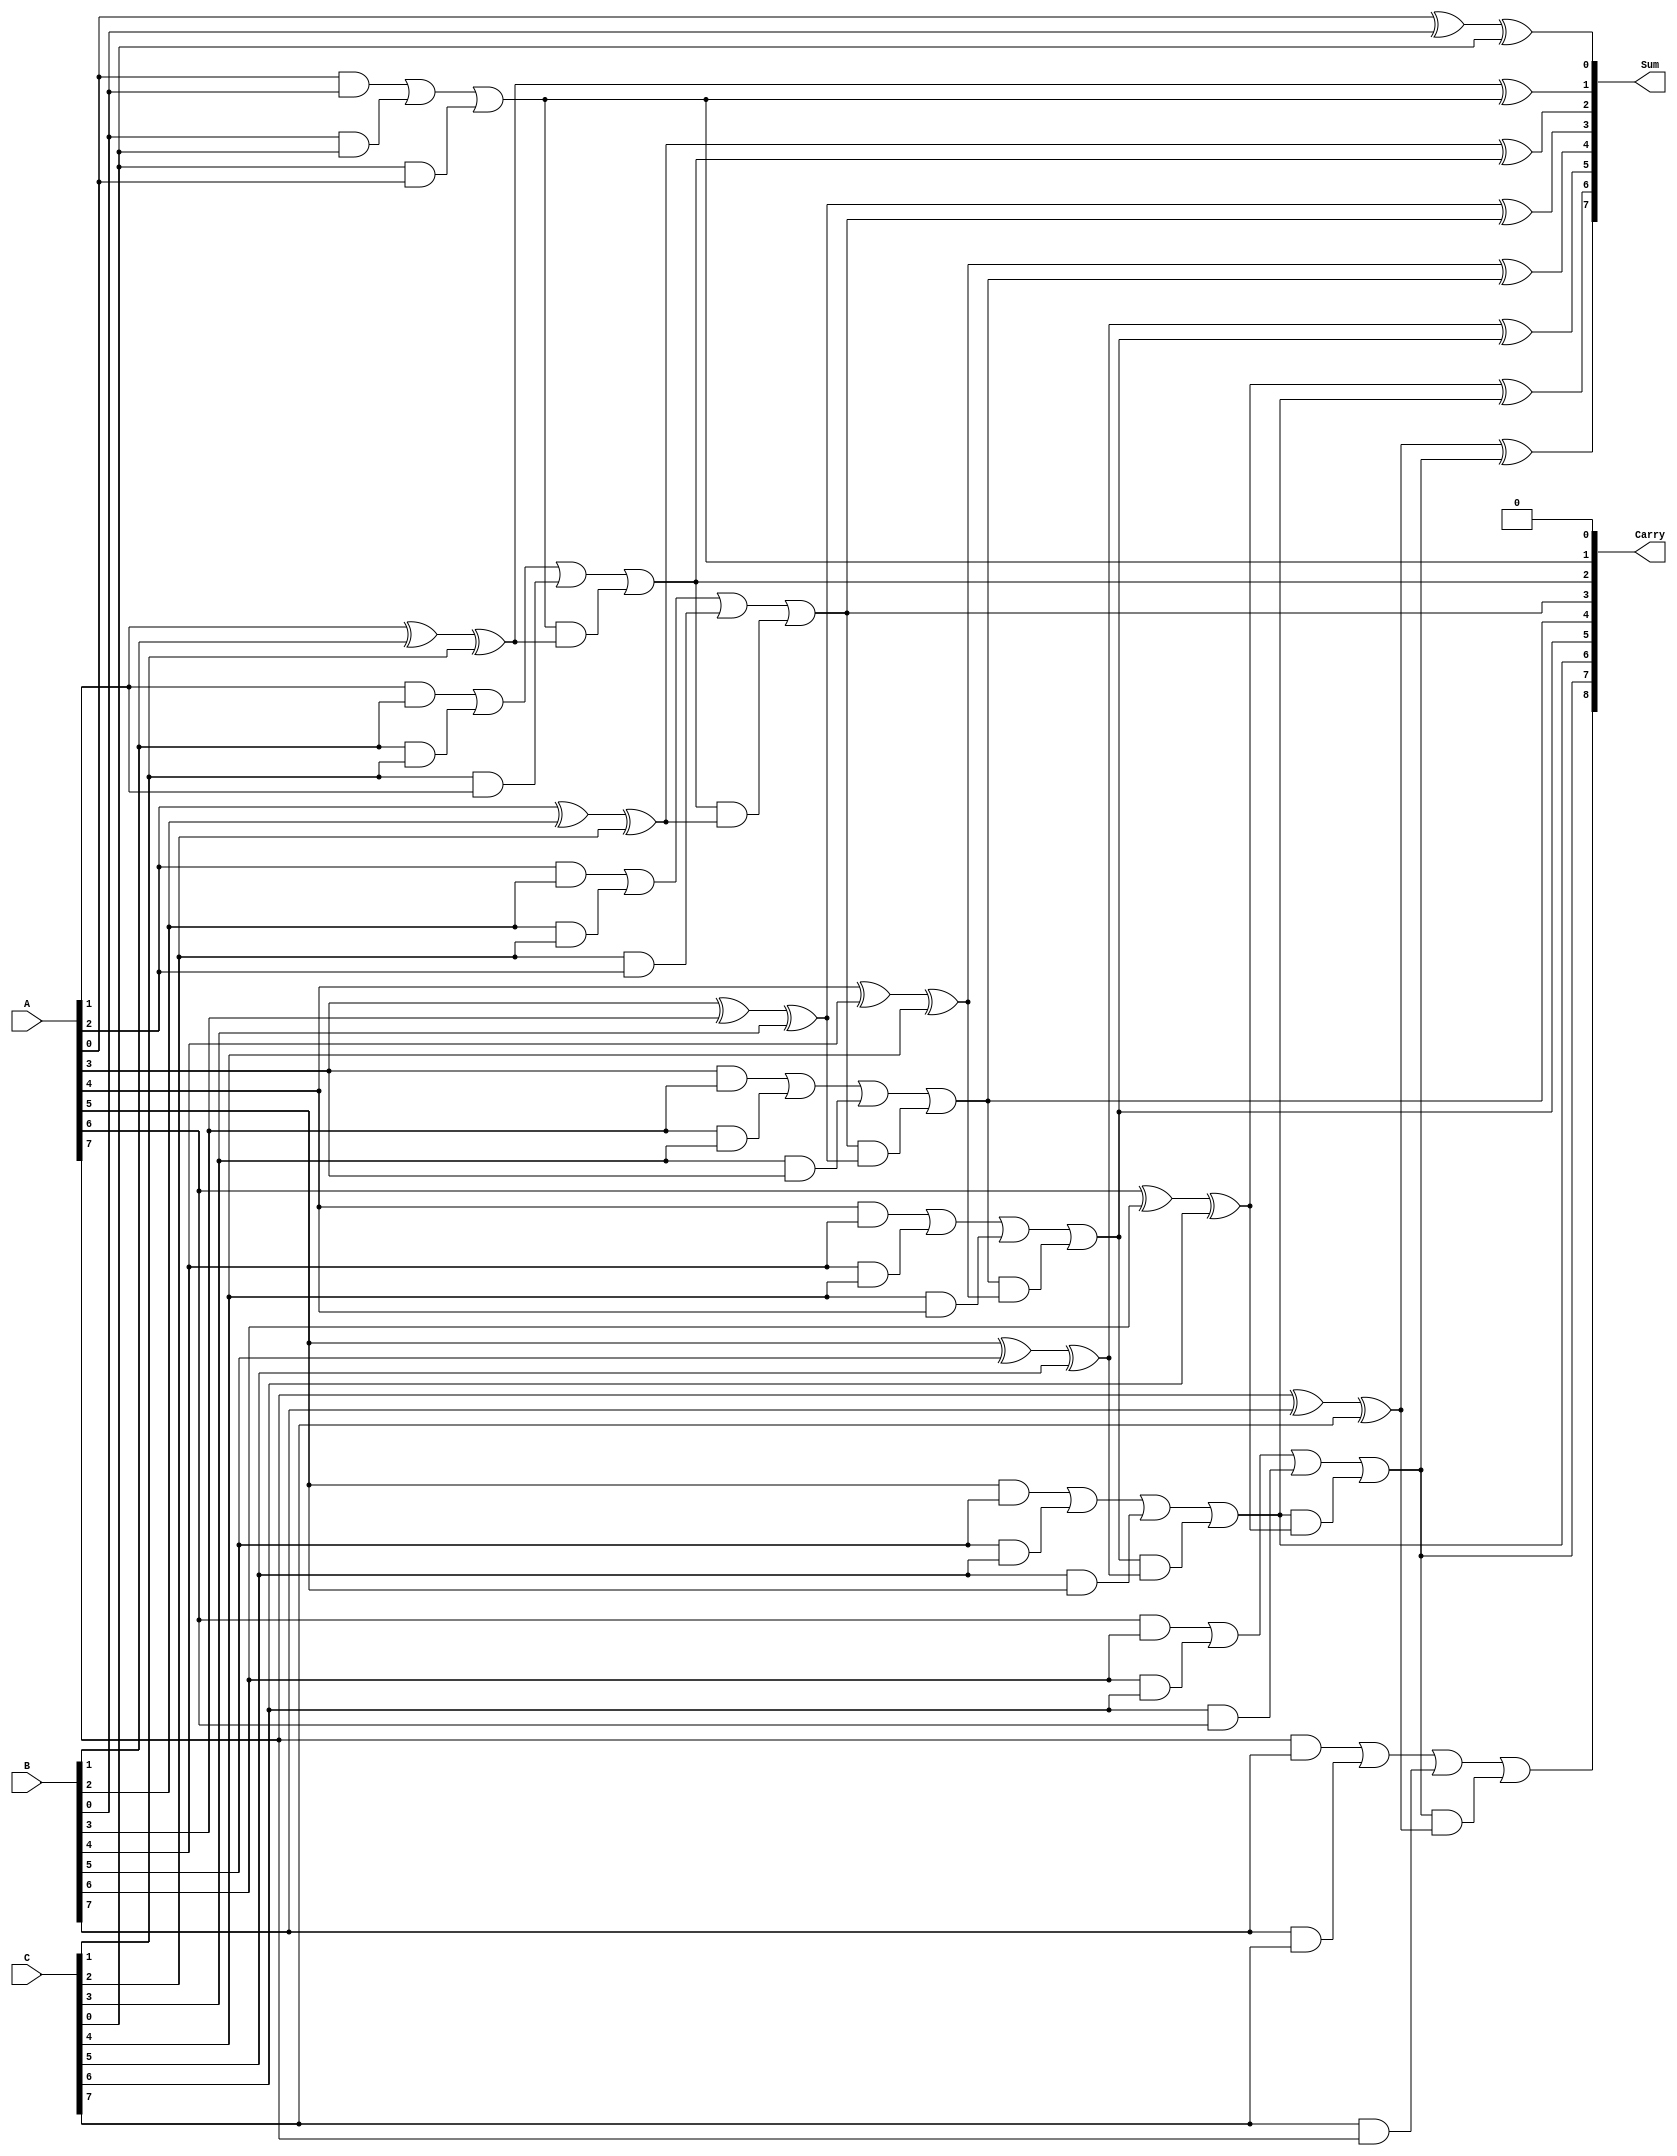
module RippleCarrySaveAdder #(parameter n = 8) (
    input  [n-1:0] A,  // First input operand
    input  [n-1:0] B,  // Second input operand
    input  [n-1:0] C,  // Third input operand
    output [n-1:0] Sum, // Sum output
    output [n:0]   Carry // Carry output (n+1 bits to hold carry out)
);

    // Internal wires for carry and sum
    wire [n:0] carry; // Carry wires for each bit position
    wire [n-1:0] sum; // Sum wires for each bit position

    // Assign the first carry-in to 0
    assign carry[0] = 1'b0;

    // Generate full adders for each bit position
    genvar i;
    generate
        for (i = 0; i < n; i = i + 1) begin : full_adder
            // Full adder logic
            assign sum[i] = A[i] ^ B[i] ^ C[i] ^ carry[i]; // Sum output
            assign carry[i + 1] = (A[i] & B[i]) | (B[i] & C[i]) | (C[i] & A[i]) | 
                                   (carry[i] & (A[i] ^ B[i] ^ C[i])); // Carry output
        end
    endgenerate

    // Assign outputs
    assign Sum = sum;
    assign Carry = carry;

endmodule